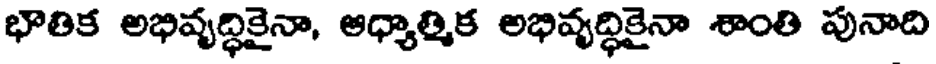
భౌతిక అభివృద్ధికైనా, ఆధ్యాత్మిక అభివృద్ధికైనా శాంతి పునాది